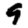
Digit: 9